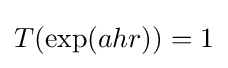
T(\exp(ahr))=1